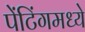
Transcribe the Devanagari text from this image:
पेंटिंगमध्ये